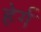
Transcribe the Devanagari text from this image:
हेर्ग